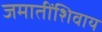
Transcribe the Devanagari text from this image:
जमातींशिवाय